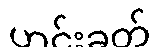
ဟင်းခတ်